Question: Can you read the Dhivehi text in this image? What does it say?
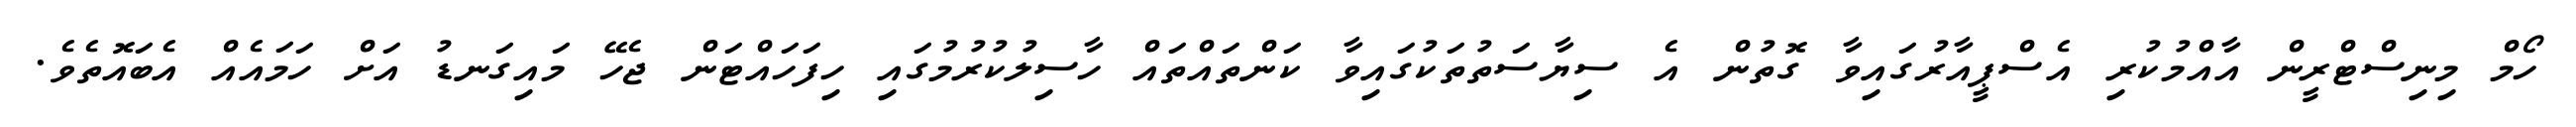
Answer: ހޯމް މިނިސްޓްރީން އާއްމުކުރި އެސްޕީއާރުގައިވާ ގޮތުން އެ ސިޔާސަތުތަކުގައިވާ ކަންތައްތައް ހާސިލުކުރުމުގައި ހިފަހައްޓަން ޖެހޭ މައިގަނޑު އަށް ހަމައެއް އެބައޮތެވެ.